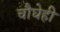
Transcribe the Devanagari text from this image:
चौघेही